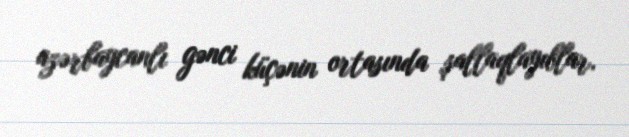
azərbaycanlı gənci küçənin ortasında şallaqlayıblar.